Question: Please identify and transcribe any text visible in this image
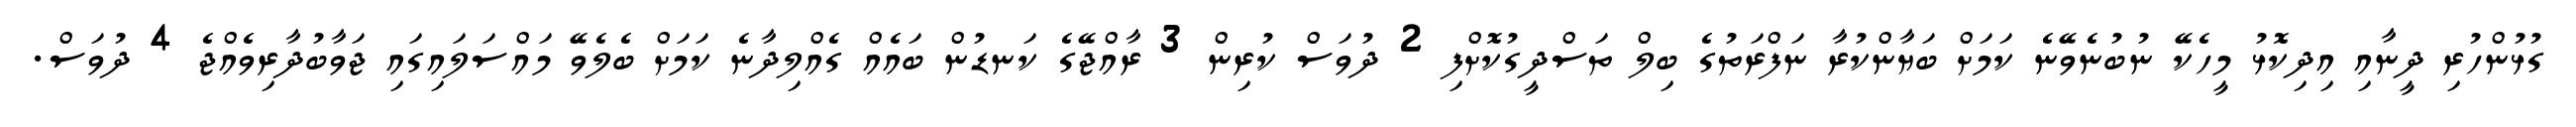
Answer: ގުޅުންހުރި ދީނާއި އިދިކޮޅު މީހެކޭ ނުބުނެވޭނެ ކަމަށް ބަޔާންކުރާ ނަފްރަތުގެ ބިލް ތަސްދީގުކޮށްފި 2 ދުވަސް ކުރިން 3 ރާއްޖޭގެ ކަނޑުން ބައެއް ގެއްލިދާނެ ކަމަށް ބެލެވޭ މައްސަލައިގައި ޖަވާބުދާރިވެއްޖެ 4 ދުވަސް.